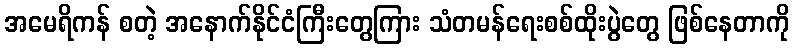
အမေရိကန် စတဲ့ အနောက်နိုင်ငံကြီးတွေကြား သံတမန်ရေးစစ်ထိုးပွဲတွေ ဖြစ်နေတာကို